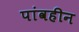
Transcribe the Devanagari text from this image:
पांवहीन